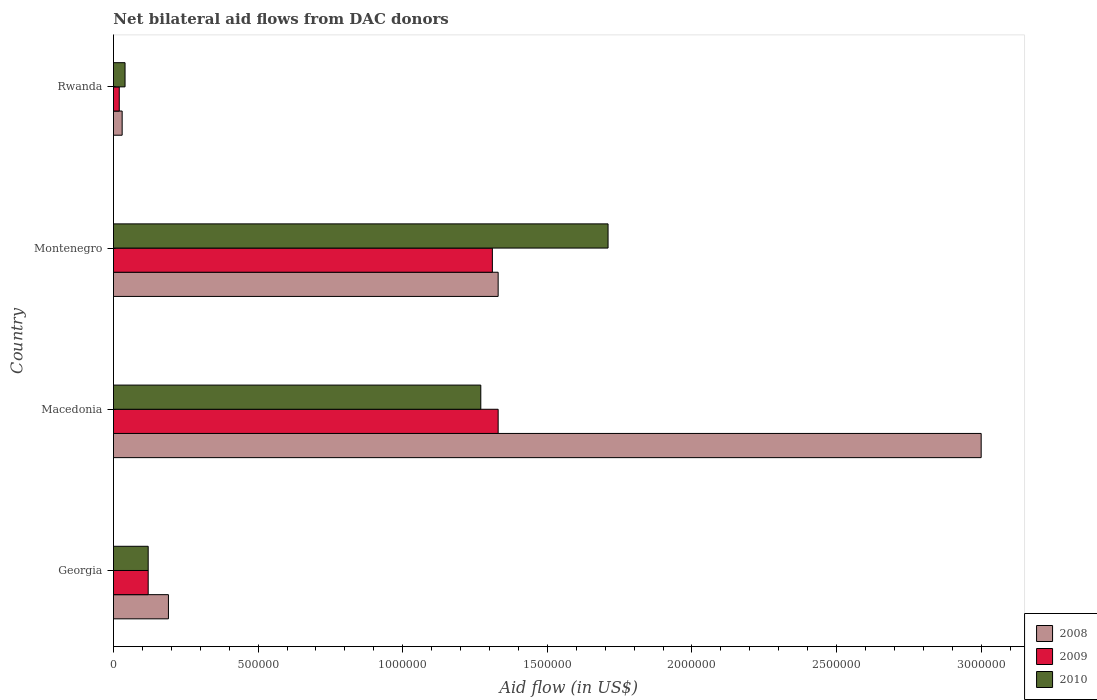
| Country | 2008 | 2009 | 2010 |
 | --- | --- | --- | --- |
 | Georgia | 1.9e+05 | 1.2e+05 | 1.2e+05 |
 | Macedonia | 3e+06 | 1.33e+06 | 1.27e+06 |
 | Montenegro | 1.33e+06 | 1.31e+06 | 1.71e+06 |
 | Rwanda | 3e+04 | 2e+04 | 4e+04 |